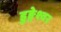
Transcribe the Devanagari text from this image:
डुङ्गेश्वर